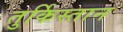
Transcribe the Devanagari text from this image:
तुर्किस्‍तान